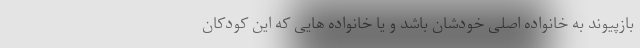
بازپیوند به خانواده اصلی خودشان باشد و یا خانواده هایی که این کودکان